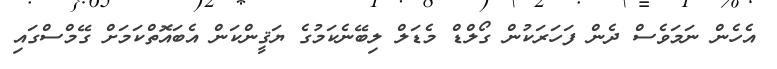
އެހެން ނަމަވެސް ދެން ފަހަރަކުން ގޯލްޑް މެޑަލް ލިބޭނެކަމުގެ ޔަޤީންކަން އެބައޮތްކަމަށް ގޭމްސްގައި